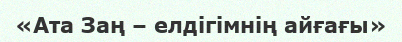
«Ата Заң – елдігімнің айғағы»